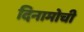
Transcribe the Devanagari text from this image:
दिनामोची